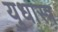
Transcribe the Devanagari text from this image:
युधास्त्र